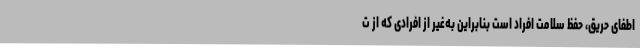
اطفای حریق، حفظ سلامت افراد است بنابراین به‌غیر از افرادی که از ت